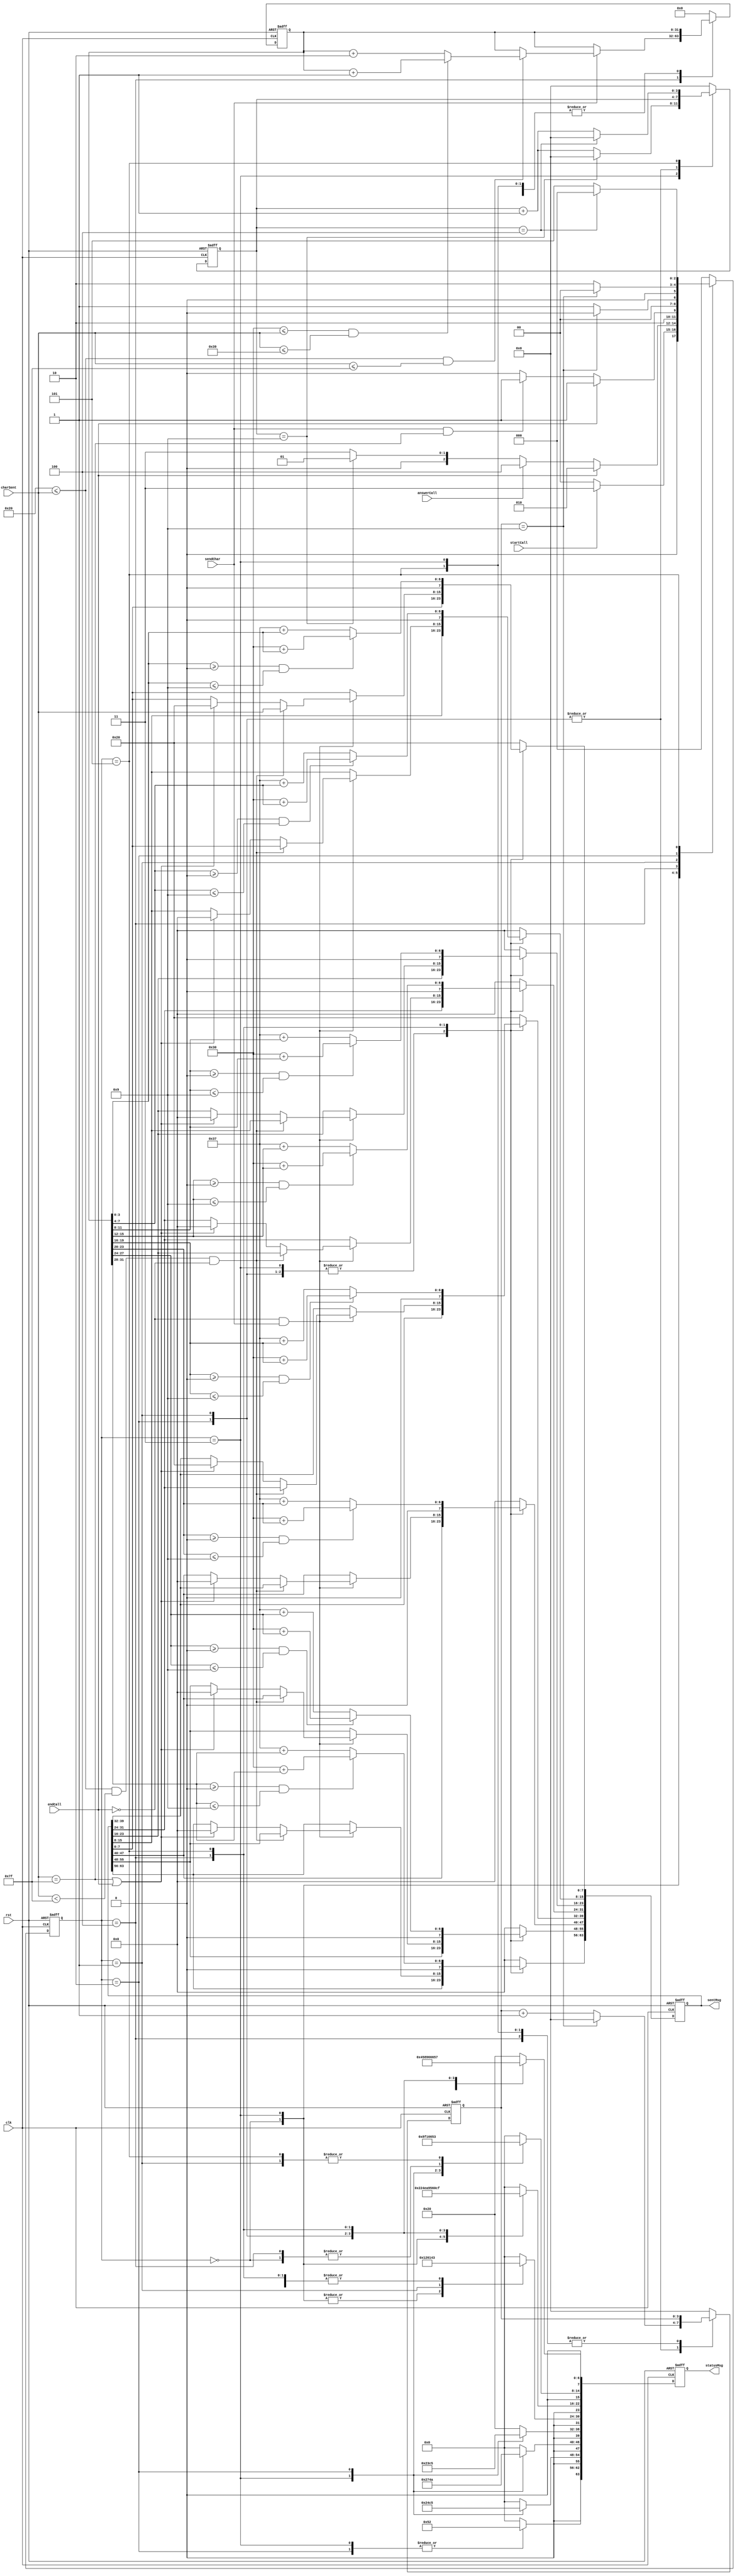
module tel_conv(

        input clk,
		input rst,
		input startCall, 
		input answerCall, 
		input endCall,
		input sendChar,
		input [7:0]charSent,
		output reg [63:0] statusMsg,
		output reg [63:0] sentMsg);

reg [2:0] cState; // Current State
reg [2:0] nState; // Next State
reg [3:0] counter;
reg [3:0] counter2;
reg [31:0] cost; //cost initialization-----1
parameter IDLE = 0;
parameter BUSY = 1;
parameter REJECTED = 2;
parameter RINGING = 3;
parameter CALL = 4;
parameter COST = 5;
always @(posedge clk or posedge rst)
begin
    if (rst)
        cState <= IDLE;
    else 
        cState <= nState;
end
// combinational part - next state definitions
always @(*)
begin
    case(cState)
        IDLE:
        begin
            if (startCall == 1) 
                nState = RINGING;
            else                   
                nState = IDLE;
        end
        RINGING:
        begin
			if (endCall == 1) nState = REJECTED;
			else if (answerCall == 1) nState = CALL;
            else if (counter == 9) nState = BUSY;
		    else nState = RINGING;	
        end
        CALL:
        begin
            if (endCall  == 1) nState = COST;
			else if (sendChar == 1 && charSent == 127) nState= COST;
			else nState = CALL;
        end
		BUSY:
		  begin
			if (counter2  == 9) nState = IDLE;
			else nState = BUSY;
		  end
        REJECTED:
        begin
            if (counter2 == 9) nState = IDLE;
			else nState = REJECTED;
        end
		COST:
		  begin
			if (counter == 4) nState = IDLE;
			else nState = COST;
		  end
		default: nState = IDLE;
    endcase
    
end
//sequential part - control registers________________________________________
always @ (posedge clk or posedge rst)
begin
	if(rst)
	begin
		counter       <= 0;
		counter2      <= 0;
		cost		  <= 0;
	end
	else
	begin
		case(cState)
		   IDLE:
			begin
					counter       <= 0;
					counter2      <= 0;
					cost		  <= 0; 
			end
			REJECTED:
				begin
					if(counter2 == 9) counter2 <= 0; 
					else counter2 <= counter2 + 1;
				end
			RINGING:
				begin
					if(counter == 9) counter <= 0; 
					else counter <= counter+1;
				end
			CALL:
				begin
                    counter <= 0;
                    if (sendChar == 1)
                    begin
                        if (32<=charSent && charSent<=127)
                        begin
                            if (48<=charSent && charSent<=57) 
                                cost <= cost+1; 
                            else 
                                cost<=cost+2;
                        end
                        else 
                            cost <= cost;	
                    end
				end
            BUSY:
                begin
                    if(counter2 == 9) counter2 <= 0; 
                    else counter2 <= counter2+1;
                end
                
			COST:
			 begin
					if(counter == 4) counter <= 0; 
					else counter <= counter + 1;
			 end
			default:
			begin 
                counter <= 0; 
                counter2 <= 0; 
                cost <= 0; 
            end
		endcase
	end 
end	

//sequential part- outputs____________________________________
always @(posedge clk or posedge rst) //for output 
begin
    if(rst) 
	 begin
		statusMsg <= {8{8'd32}};
		sentMsg  <= {8{8'd32}};
	 end
    else
    begin
        case (cState)
            IDLE:
              begin
                    statusMsg[63:32] <= {4{32}};
                    statusMsg[31:24]<= 73;
                    statusMsg[23:16]<= 68;
                    statusMsg[15:8]<= 76;
                    statusMsg[7:0]<= 69;
                    sentMsg <= {8{32}};
              end
            RINGING:
              begin
                    statusMsg[7:0]<=32;
                    statusMsg[15:8]<=71;
                    statusMsg[23:16]<=78;
                    statusMsg[31:24]<=73;
                    statusMsg[39:32]<=71;
                    statusMsg[47:40]<=78;
                    statusMsg[55:48]<=73;
                    statusMsg[63:56]<=82;
              end
            REJECTED:
              begin
                    statusMsg[7:0]<= 68;
                    statusMsg[15:8]<= 69;
                    statusMsg[23:16]<= 84;
                    statusMsg[31:24]<= 67;
                    statusMsg[39:32]<= 69;
                    statusMsg[47:40]<= 74;
                    statusMsg[55:48]<= 69;
                    statusMsg[63:56]<= 82;
              end
            BUSY:
              begin
                    statusMsg[63:32] <= {4{32}};
                    statusMsg[31:24]<= 66;
                    statusMsg[23:16]<= 85;
                    statusMsg[15:8]<= 83;
                    statusMsg[7:0]<= 89;
              end
            CALL:
              begin
                statusMsg[7:0]<=76;
                statusMsg[15:8]<=76;
                statusMsg[23:16]<=65;
                statusMsg[31:24]<=67;
                statusMsg[63:32] <= {4{32}};
                if (endCall == 0 && sendChar == 1)
                begin 
                    if (32<=charSent && charSent<127 && endCall == 0)
                      begin
                        sentMsg[7:0]<=charSent;
                        sentMsg[15:8]<=sentMsg[7:0];
                        sentMsg[23:16]<=sentMsg[15:8];
                        sentMsg[31:24]<=sentMsg[23:16];
                        sentMsg[39:32]<=sentMsg[31:24];
                        sentMsg[47:40]<=sentMsg[39:32];
                        sentMsg[55:48]<=sentMsg[47:40];
                        sentMsg[63:56]<=sentMsg[55:48];
                      end
                    else if (charSent == 127 || endCall == 1) 
                       sentMsg <= {8{32}};
                end
               end
            COST:
              begin
                statusMsg[63:32] <= {4{32}};
                statusMsg[31:24]<=67;
                statusMsg[23:16]<=79;
                statusMsg[15:8]<=83;
                statusMsg[7:0]<=87;

                if(cost[3:0] >= 0 && cost[3:0] <= 9) sentMsg[7:0] <= 48 + cost[3:0];
                else sentMsg[7:0] <= 55 + cost[3:0];
                
                if(cost[7:4] >= 0 && cost[7:4] <= 9) sentMsg[15:8] <= 48 + cost[7:4];
                else sentMsg[15:8] <= 55 + cost[7:4];

                if(cost[11:8] >= 0 && cost[11:8] <= 9) sentMsg[23:16] <= 48 + cost[11:8];
                else sentMsg[23:16] <= 55 + cost[11:8];                                       
                
                if(cost[15:12] >= 0 && cost[15:12] <= 9) sentMsg[31:24] <= 48 + cost[15:12];
                else sentMsg[31:24] <= 55 + cost[15:12];

                if(cost[19:16] >= 0 && cost[19:16] <= 9) sentMsg[39:32] <= 48 + cost[19:16];
                else sentMsg[39:32] <= 55 + cost[19:16];                                       

                if(cost[23:20] >= 0 && cost[23:20] <= 9) sentMsg[47:40] <= 48 + cost[23:20];
                else sentMsg[47:40] <= 55 + cost[23:20];
                
                if(cost[27:24] >= 0 && cost[27:24] <= 9) sentMsg[55:48] <= 48 + cost[27:24];
                else sentMsg[55:48] <= 55 + cost[27:24];                                
                
                if(cost[31:28] >= 0 && cost[31:28] <= 9) sentMsg[63:56] <= 48 + cost[31:28];
                else sentMsg[63:56] <= 55 + cost[31:28];

            end
            default: begin statusMsg <= {8{32}}; sentMsg <= {8{32}}; end                    
            endcase
    end
end

endmodule